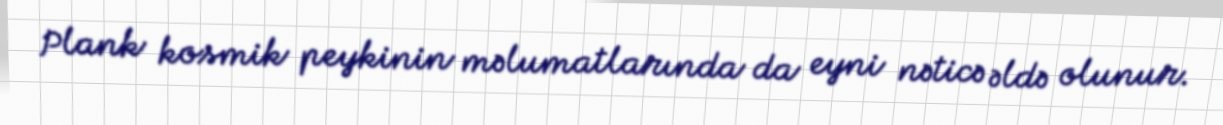
Plank kosmik peykinin məlumatlarında da eyni nəticə əldə olunur.